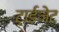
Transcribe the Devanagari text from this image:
ट्राईजेट